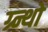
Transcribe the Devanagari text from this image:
ग्र्न्थो